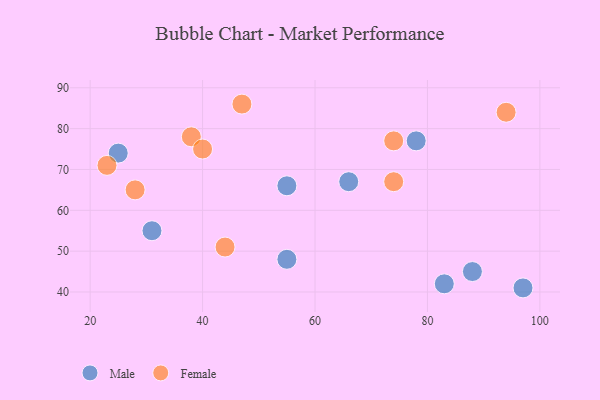
{"axis": {"x": "GDP", "y": "Life Expectancy"}, "legend": ["Female", "Male"], "data": [{"x": "88", "y": 45, "type": "Male"}, {"x": "83", "y": 42, "type": "Male"}, {"x": "31", "y": 55, "type": "Male"}, {"x": "78", "y": 77, "type": "Male"}, {"x": "97", "y": 41, "type": "Male"}, {"x": "25", "y": 74, "type": "Male"}, {"x": "66", "y": 67, "type": "Male"}, {"x": "55", "y": 48, "type": "Male"}, {"x": "55", "y": 66, "type": "Male"}, {"x": "47", "y": 86, "type": "Female"}, {"x": "38", "y": 78, "type": "Female"}, {"x": "94", "y": 84, "type": "Female"}, {"x": "74", "y": 67, "type": "Female"}, {"x": "40", "y": 75, "type": "Female"}, {"x": "28", "y": 65, "type": "Female"}, {"x": "44", "y": 51, "type": "Female"}, {"x": "23", "y": 71, "type": "Female"}, {"x": "74", "y": 77, "type": "Female"}]}